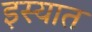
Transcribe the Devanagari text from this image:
इस्यात